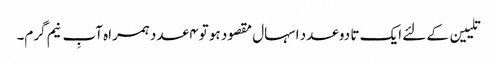
تلیین کے لئے ایک تا دو عدد اسہال مقصود ہو تو ۴ عدد ہمراہ آبِ نیم گرم۔